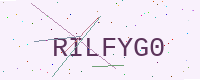
Text: RILFYG0